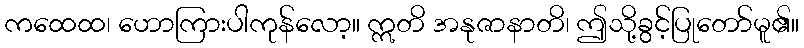
ကထေထ၊ ဟောကြားပါကုန်လော့။ ဣတိ အနုဇာနာတိ၊ ဤသို့ခွင့်ပြုတော်မူ၏။